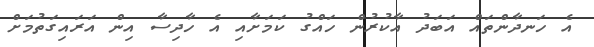
އެ ހަނދާންތައް އަބަދު އާކުރުން ހައްގު ކަމަށާއި އެ ހާދިސާ އިން އަރައިގަތުމަށް